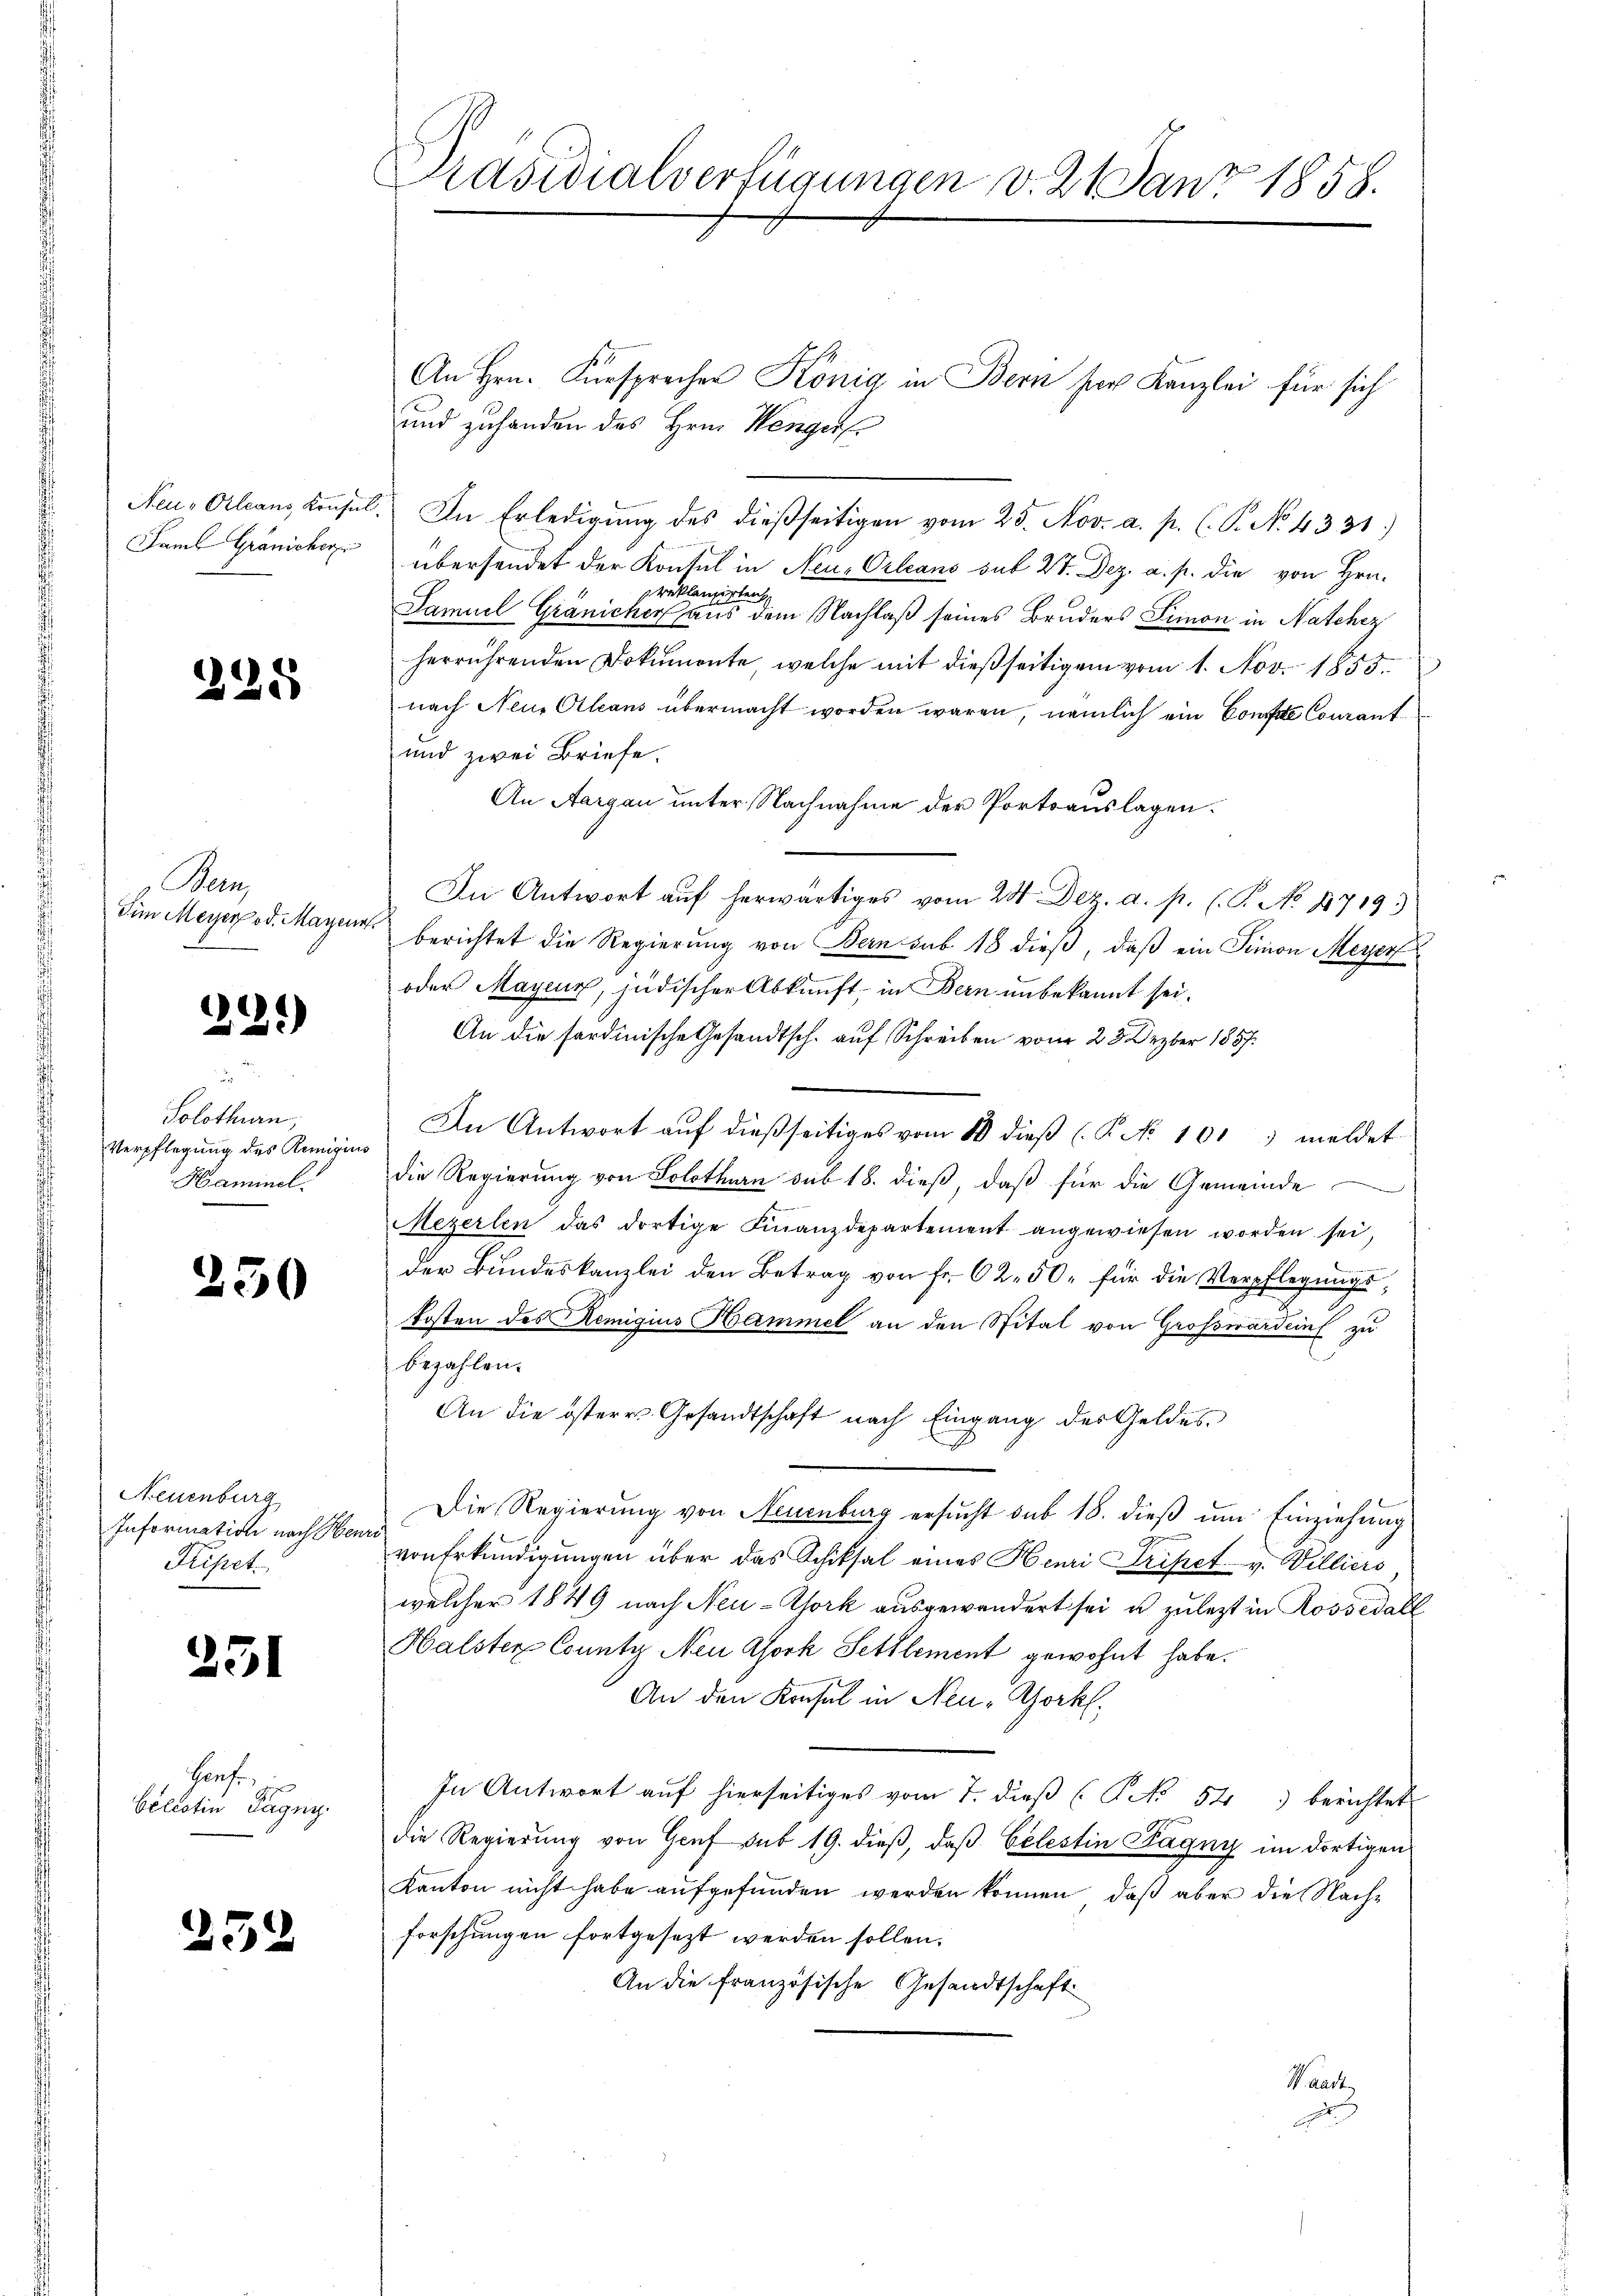
225

Ben
Fim Meyer od. Mayen

.
.22)

Solothurn,
Verpflegung des Remigius
Haminel.

250

Neuenburg
Information nach Henri
Prisset.

251

Haufe
Bellatin Tagny.

252

Präsidialverfügungen v. 21 Jan. 1858.

An Hrn. Fürsprecher König in Bern für Kanzlei für sich
und zuhanden des Hrn. Wengers
Neu-Orleans Konsel. In Erledigŭng des dieβseitigen vom 25. Nov. a. p. (P. No 4331)
Faml Gränicher übersendet der Kontal in Neu-Orleans sub 27. Dez. a. p. die von Hrn.
reklangirten
Samuel Gränicher aus dem Nachlaß seines Bruders Simon in Natchez
herrührenden Dokumente, welche mit dießseitigem vom 1. Nov. 1855.
nach Neue Oleans übermacht worden wären, nämlich ein Confite Courant
und zwei Briefe.
An Aargau unter Nachnahme der Portoauslagen.
In Antwort aŭf herwärtiges vom 28 Dez. a. p. C. P. No 4719)
berichtet die Regierung von Bern sub 18 dieß, daß ein Finion Meyer
oder Mayenz, jüdischer Abkunft, in Bern unbekannt sei.
An die fordinische Gesandtsch. auf Schreiben vom 28 Dezbr 1857.
In Antwort auf dießseitiges vom 10 dieß (P No 101, meldet
die Regierung von Solothurn sub 18. dieß, daß für die Gemeinde
Mezerlen das dortige Finanzdepartement angewiesen worden sei,
der Bundeskanzlei den Betrag von Fr. 62. 50. für die Verpflegungskosten des Remigius Hammel an den Spital von Grosswarden zu
bezahlen.
An die österes Gesandtschaft nach Eingang des Geldes
Die Regierung von Neuenburg ersucht sub 18. dieß um Einziehung
von Erkundigungen über das Schiksal eines Henri Tripet v. Billiers
welcher 1849 nach Neu-York ausgewandert sei u. zulezt in Rossedall
Halster County Neu York Settlement gewohnt habe.
An den Konsul in Neu-Gork,
In Antwort auf hierseitiges vom 7. dieß (No 54) berichtet
die Regierung von Genf sub 19. dieß, daß Celestin Pagny im dortigen
Kanton nicht habe aufgefunden werden können, daß aber die Nach-
forschungen fortgesezt werden sollen.
An die französische Gesandtschaft
Waadt